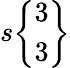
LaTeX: s{\left\{ \begin{array}{l}{3}\\ {3}\end{array}\right\} }